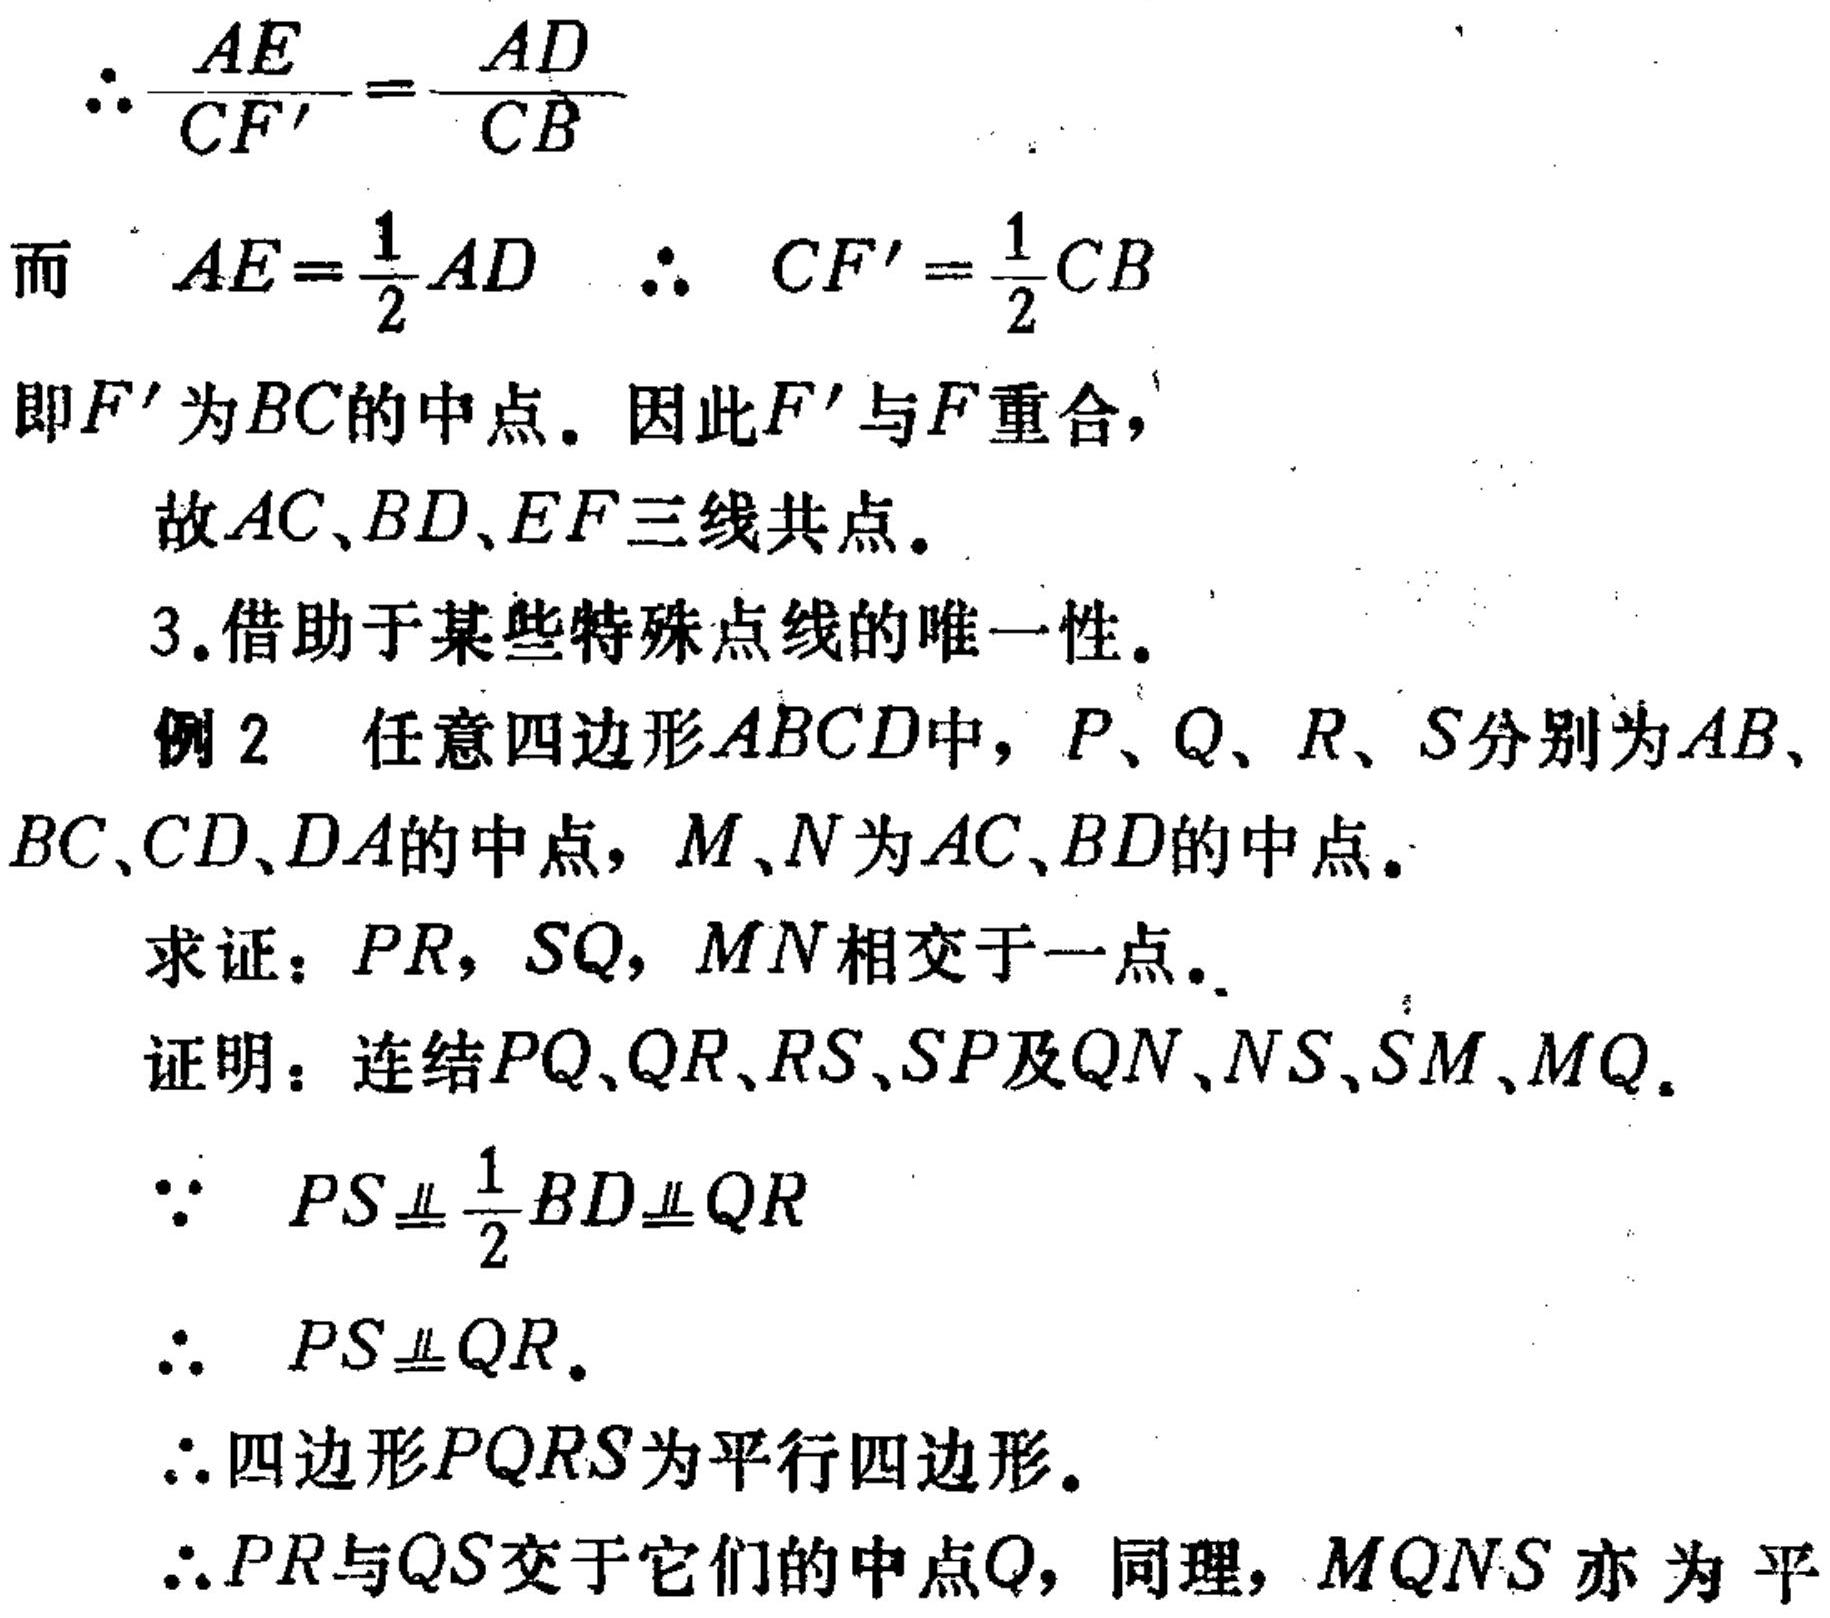
\(\therefore\frac{AE}{CF'}=\frac{AD}{CB}\)
而 \(AE = \frac{1}{2}AD\) \(\therefore CF'=\frac{1}{2}CB\)
即\(F'\)为\(BC\)的中点。因此\(F'\)与\(F\)重合，
故\(AC、BD、EF\)三线共点。
3.借助于某些特殊点线的唯一性。
例2 任意四边形\(ABCD\)中，\(P、Q、R、S\)分别为\(AB、\)
\(BC、CD、DA\)的中点，\(M、N\)为\(AC、BD\)的中点。
求证：\(PR\)，\(SQ\)，\(MN\)相交于一点。
证明：连结\(PQ、QR、RS、SP\)及\(QN、NS、SM、MQ\)。
\(\because PS\equalparallel\frac{1}{2}BD\equalparallel QR\)
\(\therefore PS\equalparallel QR\)。
\(\therefore\)四边形\(PQRS\)为平行四边形。
\(\therefore PR\)与\(QS\)交于它们的中点\(O\)，同理，\(MQNS\)亦为平